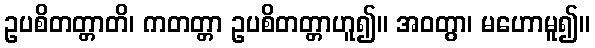
ဥပစိတတ္တာတိ၊ ကတတ္တာ ဥပစိတတ္တာဟူ၍။ အဝတွာ၊ မဟောမူ၍။